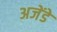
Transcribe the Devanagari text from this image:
अजेंडे